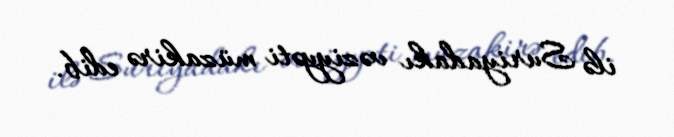
ilə Suriyadakı vəziyyəti müzakirə edib.